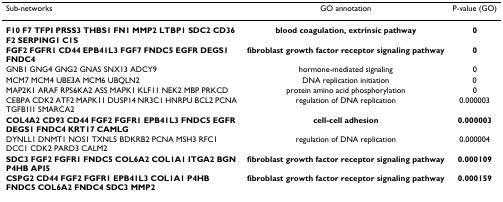
| Sub-networks | GO annotation | P-value (GO) |
 | --- | --- | --- |
 | F10 F7 TFPI PRSS3 THBS1 FN1 MMP2 LTBP1 SDC2 CD36 F2 SERPING1 C1S | blood coagulation, extrinsic pathway | 0 |
 | FGF2 FGFR1 CD44 EPB41L3 FGF7 FNDC5 EGFR DEGS1 FNDC4 | fibroblast growth factor receptor signaling pathway | 0 |
 | GNB1 GNG4 GNG2 GNAS SNX13 ADCY9 | hormone-mediated signaling | 0 |
 | MCM7 MCM4 UBE3A MCM6 UBQLN2 | DNA replication initiation | 0 |
 | MAP2K1 ARAF RPS6KA2 ASS MAPK1 KLF11 NEK2 MBP PRKCD | protein amino acid phosphorylation | 0 |
 | CEBPA CDK2 ATF2 MAPK11 DUSP14 NR3C1 HNRPU BCL2 PCNA TGFB1I1 SMARCA2 | regulation of DNA replication | 0.000003 |
 | COL4A2 CD93 CD44 FGF2 FGFR1 EPB41L3 FNDC5 EGFR DEGS1 FNDC4 KRT17 CAMLG | cell-cell adhesion | 0.000003 |
 | DYNLL1 DNMT1 NOS1 TXNL5 BDKRB2 PCNA MSH3 RFC1 DCC1 CDK2 PARD3 CALM2 | regulation of DNA replication | 0.000004 |
 | SDC3 FGF2 FGFR1 FNDC5 COL6A2 COL1A1 ITGA2 BGN P4HB API5 | fibroblast growth factor receptor signaling pathway | 0.000109 |
 | CSPG2 CD44 FGF2 FGFR1 EPB41L3 COL1A1 P4HB FNDC5 COL6A2 FNDC4 SDC3 MMP2 | fibroblast growth factor receptor signaling pathway | 0.000159 |